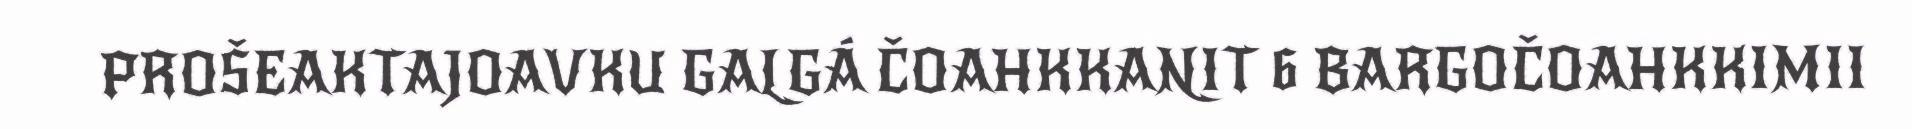
PROŠEAKTAJOAVKU GALGÁ ČOAHKKANIT 6 BARGOČOAHKKIMII